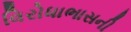
વિરોધાભાસની